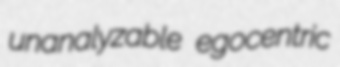
unanalyzable egocentric